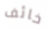
خائف